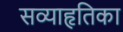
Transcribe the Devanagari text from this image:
सव्याहृतिका